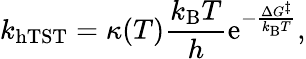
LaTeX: k_{\mathrm{hTST}}=\kappa(T)\frac{k_{\mathrm{B}}T}{h}\mathrm{e}^{-\frac{\Delta G^{\ddagger}}{k_{\mathrm{B}}T}},